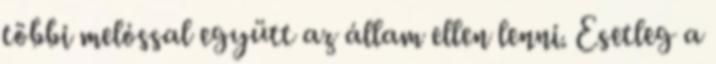
többi melóssal együtt az állam ellen lenni. Esetleg a